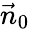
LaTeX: {\vec{n}}_{0}